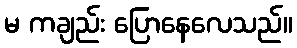
မ ကချည်း ပြောနေလေသည်။